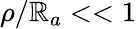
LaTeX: \rho/\mathbb{R}_{a}<<1